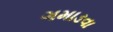
ગમાડવા